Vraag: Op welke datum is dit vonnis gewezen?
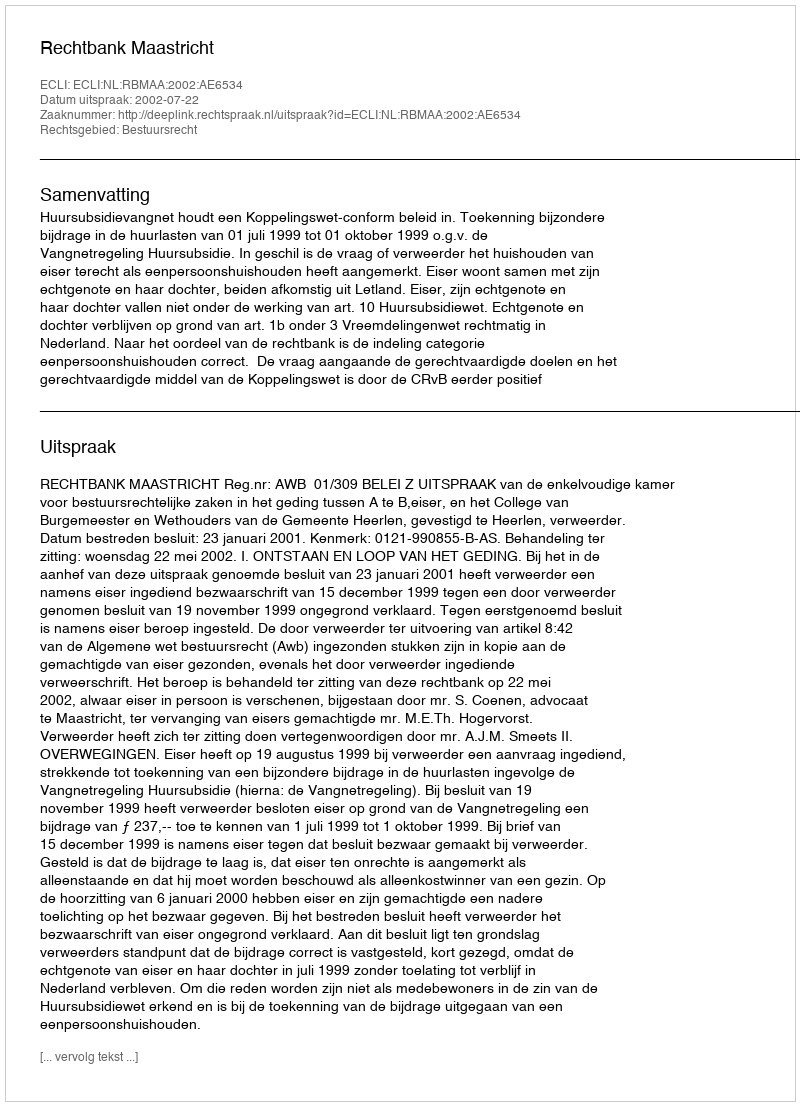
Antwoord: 2002-07-22